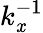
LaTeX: k_{\mathit{x}}^{-1}